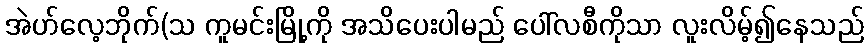
အဲဟ်လေ့ဘိုက်(သ ကူမင်းမြို့ကို အသိပေးပါမည် ပေါ်လစီကိုသာ လူးလိမ့်၍နေသည်